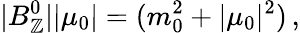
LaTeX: |B_{\mathbb{Z}}^{0}||\mu_{0}|=(m_{0}^{2}+|\mu_{0}|^{2})\, ,